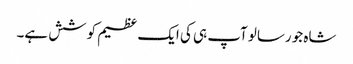
شاہ جو رسالو آپ ہی کی ایک عظیم کوشش ہے۔